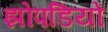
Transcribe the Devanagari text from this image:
झोपडियो